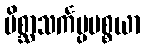
မိစ္ဆာသင်္ကပ္ပပစ္စယာ